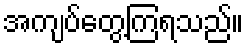
အကျပ်တွေ့ကြရသည်။